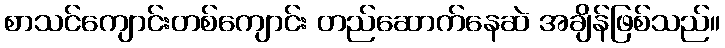
စာသင်ကျောင်းတစ်ကျောင်း တည်ဆောက်နေဆဲ အချိန်ဖြစ်သည်။